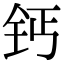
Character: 钙